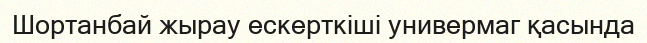
Шортанбай жырау ескерткіші универмаг қасында